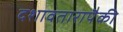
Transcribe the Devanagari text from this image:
दशावतारापैकी